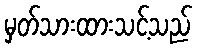
မှတ်သားထားသင့်သည်